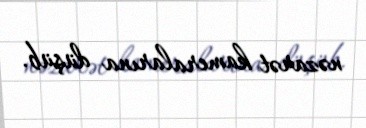
nəzarət kameralarına düşüb.